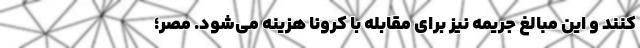
کنند و این مبالغ جریمه نیز برای مقابله با کرونا هزینه می‌شود. مصر؛